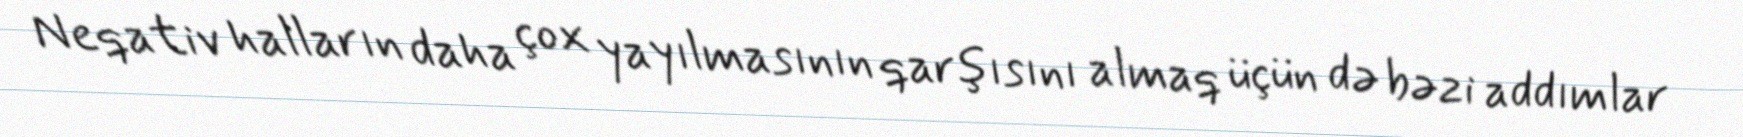
Neqativ halların daha çox yayılmasının qarşısını almaq üçün də bəzi addımlar